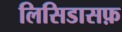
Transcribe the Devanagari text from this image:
लिसिडासफ़